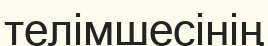
телімшесінің